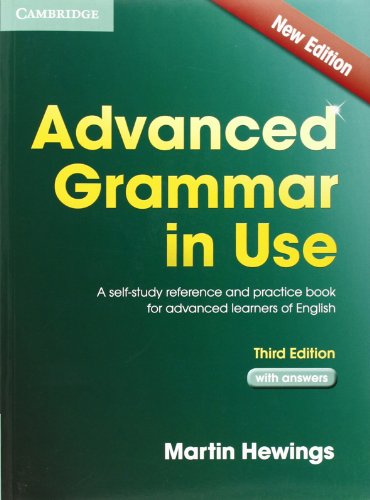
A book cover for Advanced Grammar in Use with Answers: A Self-Study Reference and Practice Book for Advanced Learners of English; Martin Hewings; Reference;